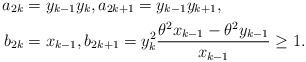
LaTeX: \begin{align*}a_{2k} & =y_{k-1}y_{k},a_{2k+1}=y_{k-1}y_{k+1},\\b_{2k} & =x_{k-1},b_{2k+1}=y_{k}^{2}\frac{\theta^{2}x_{k-1}-\theta^{2}y_{k-1}}{x_{k-1}}\geq1.\end{align*}